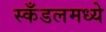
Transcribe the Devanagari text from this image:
स्कँडलमध्ये